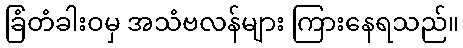
ခြံတံခါးဝမှ အသံဗလန်များ ကြားနေရသည်။